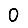
Digit: 0